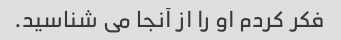
فکر کردم او را از آنجا می شناسید.